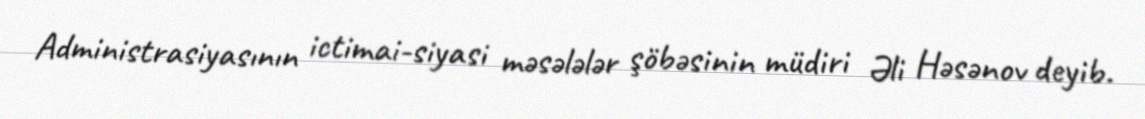
Administrasiyasının ictimai-siyasi məsələlər şöbəsinin müdiri Əli Həsənov deyib.